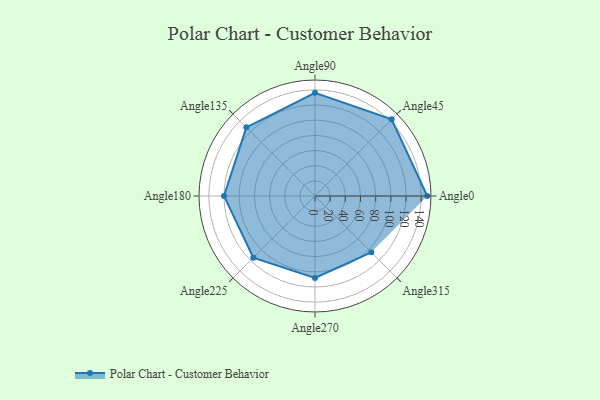
{"axis": {"x": "Angle", "y": "Radius"}, "legend": [""], "data": [{"x": "Angle0", "y": 148.0, "type": ""}, {"x": "Angle45", "y": 143.0, "type": ""}, {"x": "Angle90", "y": 136.0, "type": ""}, {"x": "Angle135", "y": 128.0, "type": ""}, {"x": "Angle180", "y": 120.0, "type": ""}, {"x": "Angle225", "y": 115.0, "type": ""}, {"x": "Angle270", "y": 108.0, "type": ""}, {"x": "Angle315", "y": 105.0, "type": ""}]}